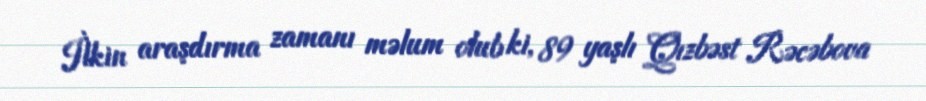
İlkin araşdırma zamanı məlum olub ki, 89 yaşlı Qızbəst Rəcəbova